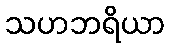
သဟဘရိယာ